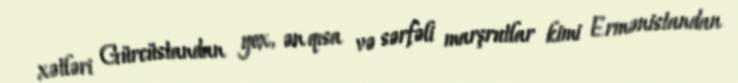
xətləri Gürcüstandan yox, ən qısa və sərfəli marşrutlar kimi Ermənistandan